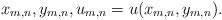
LaTeX: \begin{align*}x_{m,n},y_{m,n},u_{m,n}=u(x_{m,n},y_{m,n}).\end{align*}